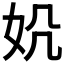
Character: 𪥪